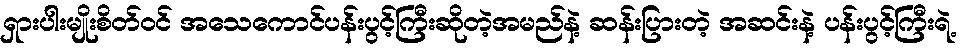
ရှားပါးမျိုးစိတ်ဝင် အသေကောင်ပန်းပွင့်ကြီးဆိုတဲ့အမည်နဲ့ ဆန်းပြားတဲ့ အဆင်းနဲ့ ပန်းပွင့်ကြီးရဲ့